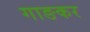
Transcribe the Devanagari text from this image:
गाङकर